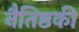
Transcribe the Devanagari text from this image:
नैतिष्ठकी